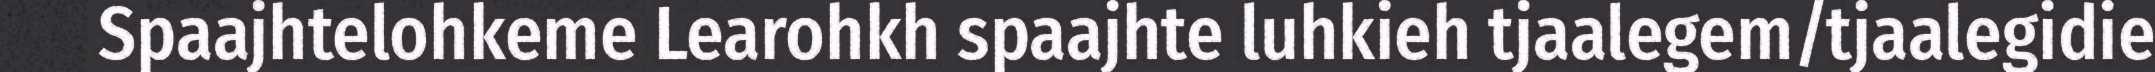
Spaajhtelohkeme Learohkh spaajhte luhkieh tjaalegem/tjaalegidie